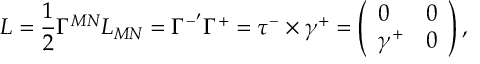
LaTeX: L = \frac { 1 } { 2 } \Gamma ^ { M N } L _ { M N } = \Gamma ^ { - ^ { \prime } } \Gamma ^ { + } = \tau ^ { - } \times \gamma ^ { + } = \left( \begin{array} { l l } { { 0 } } & { { 0 } } \\ { { \gamma ^ { + } } } & { { 0 } } \end{array} \right) ,